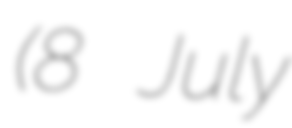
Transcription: (8 July